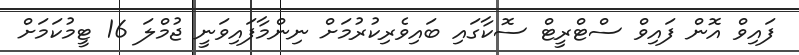
ފައިވް އޮން ފައިވް ސްޓްރީޓް ސޮކާގައި ބައިވެރިކުރުމަށް ނިންމާފައިވަނީ ޖުމްލަ 16 ޓީމުކަމަށް